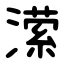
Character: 潆